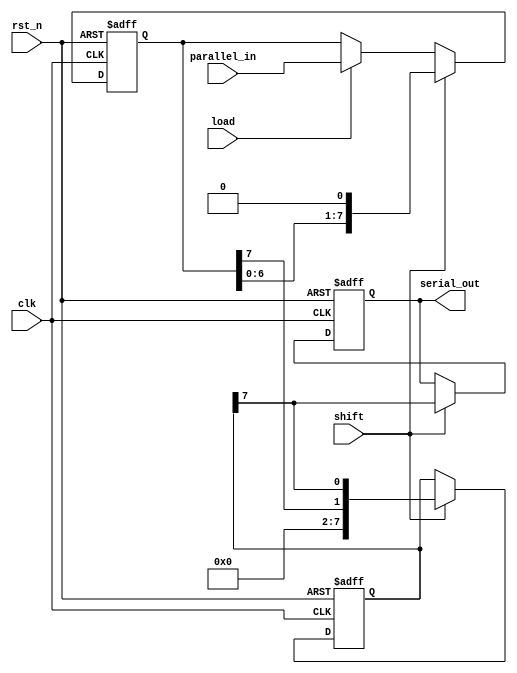
module dynamic_piso_register #(
    parameter N = 8 // Number of bits for the register
)(
    input wire clk,           // Clock input
    input wire rst_n,        // Asynchronous reset (active low)
    input wire load,         // Load control signal
    input wire shift,        // Shift control signal
    input wire [N-1:0] parallel_in, // Parallel input data
    output reg serial_out     // Serial output
);

    // Internal registers to hold the state of the PISO register
    reg [N-1:0] input_reg;   // Register to hold parallel input
    reg [N-1:0] shift_reg;   // Shift register

    // Asynchronous reset and loading/shift operations
    always @(posedge clk or negedge rst_n) begin
        if (!rst_n) begin
            // Clear all registers on reset
            input_reg <= {N{1'b0}};
            shift_reg <= {N{1'b0}};
            serial_out <= 1'b0;
        end else begin
            if (load) begin
                // Load parallel data into the input register
                input_reg <= parallel_in;
            end
            
            if (shift) begin
                // Shift data from input register to shift register
                shift_reg <= {input_reg[N-1], shift_reg[N-1:N-1]}; // Shift right
                serial_out <= shift_reg[N-1]; // Output the MSB of the shift register
                input_reg <= {input_reg[N-2:0], 1'b0}; // Shift input register right (optional)
            end
        end
    end

endmodule